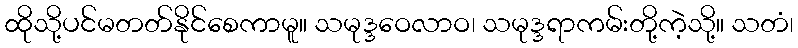
ထိုသို့ပင်မတတ်နိုင်စေကာမူ။ သမုဒ္ဒဝေလာဝ၊ သမုဒ္ဒရာကမ်းတို့ကဲ့သို့။ သတံ၊